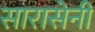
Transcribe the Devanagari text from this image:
सारासेनी